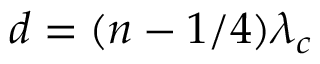
d = ( n - 1 / 4 ) \lambda _ { c }